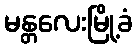
မန္တလေးမြို့ခံ